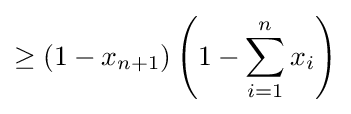
\geq (1-x_{n+1})\left(1-\sum _{i=1}^{n}x_{i}\right)